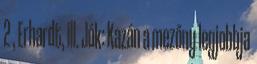
2 , Erhardt, ill. Jók: Kazán a mezőny legjobbja